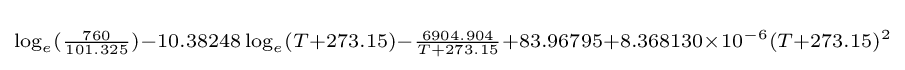
\scriptstyle \log _{e}({\frac {760}{101.325}})-10.38248\log _{e}(T+273.15)-{\frac {6904.904}{T+273.15}}+83.96795+8.368130\times 10^{-6}(T+273.15)^{2}